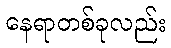
နေရာတစ်ခုလည်း